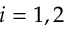
i = 1 , 2